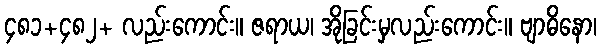
၄၈၁+၄၈၂+ လည်းကောင်း။ ဇရာယ၊ အိုခြင်းမှလည်းကောင်း။ ဗျာဓိနော၊